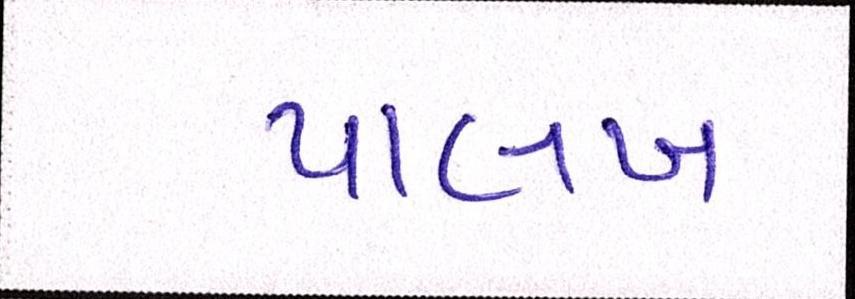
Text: પાલખ